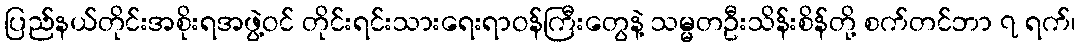
ပြည်နယ်တိုင်းအစိုးရအဖွဲ့ဝင် တိုင်းရင်းသားရေးရာဝန်ကြီးတွေနဲ့ သမ္မတဦးသိန်းစိန်တို့ စက်တင်ဘာ ၇ ရက်၊